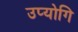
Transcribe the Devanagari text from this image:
उप्योगि